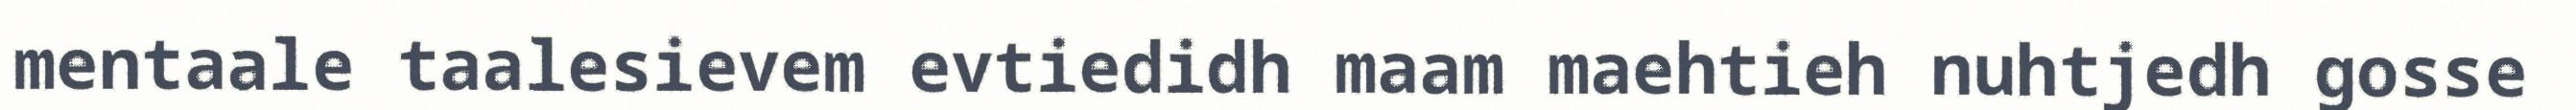
mentaale taalesievem evtiedidh maam maehtieh nuhtjedh gosse